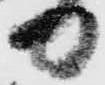
日